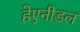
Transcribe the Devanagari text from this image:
हेएनीडल